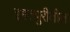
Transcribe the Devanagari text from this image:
इगतपुरीतील